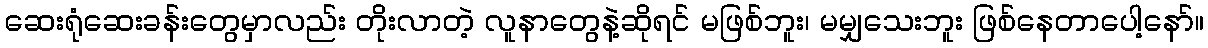
ဆေးရုံဆေးခန်းတွေမှာလည်း တိုးလာတဲ့ လူနာတွေနဲ့ဆိုရင် မဖြစ်ဘူး၊ မမျှသေးဘူး ဖြစ်နေတာပေါ့နော်။